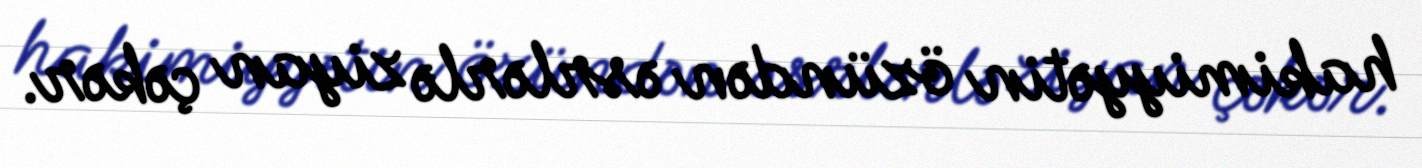
hakimiyyətin özündən əsrlərlə ziyan çəkər.